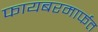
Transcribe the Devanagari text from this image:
फायबरमार्फत